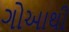
ગોઆથી